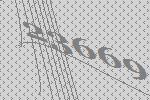
23669